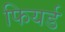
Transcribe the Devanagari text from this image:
फियर्ड